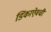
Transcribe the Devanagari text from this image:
डिंकाऐवची